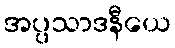
အပ္ပသာဒနီယေ